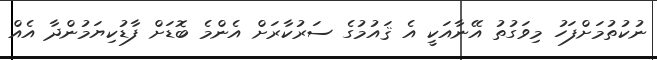
ނުކުތުމަށްފަހު މިވަގުތު އޭނާއަކީ އެ ޤައުމުގެ ސަރުކާރަށް އެންމެ ބޮޑަށް ފާޑުކިޔަމުންދާ އެއް